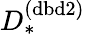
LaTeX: D_{*}^{(\mathrm{dbd2})}